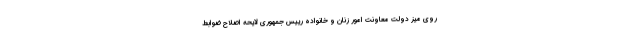
روی میز دولت معاونت امور زنان و خانواده رییس جمهوری لایحه اصلاح ضوابط